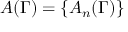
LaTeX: A ( \Gamma ) = \{ A _ { n } ( \Gamma ) \}